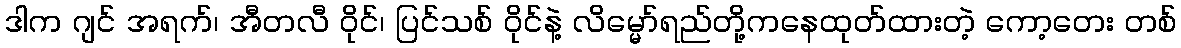
ဒါက ဂျင် အရက်၊ အီတလီ ဝိုင်၊ ပြင်သစ် ဝိုင်နဲ့ လိမ္မော်ရည်တို့ကနေထုတ်ထားတဲ့ ကော့တေး တစ်